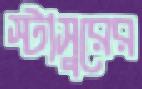
স্টাসুরের